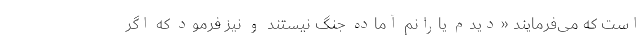
است که می‌فرمایند «دیدم یارانم آماده جنگ نیستند و نیز فرمود که اگر